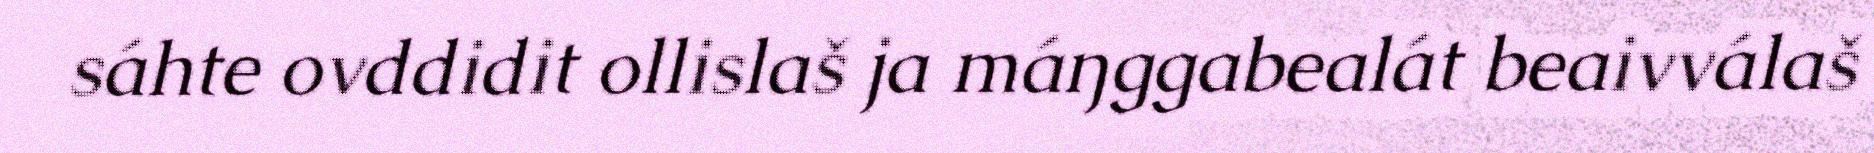
sáhte ovddidit ollislaš ja máŋggabealát beaivválaš